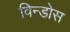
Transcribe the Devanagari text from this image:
विन्डोस